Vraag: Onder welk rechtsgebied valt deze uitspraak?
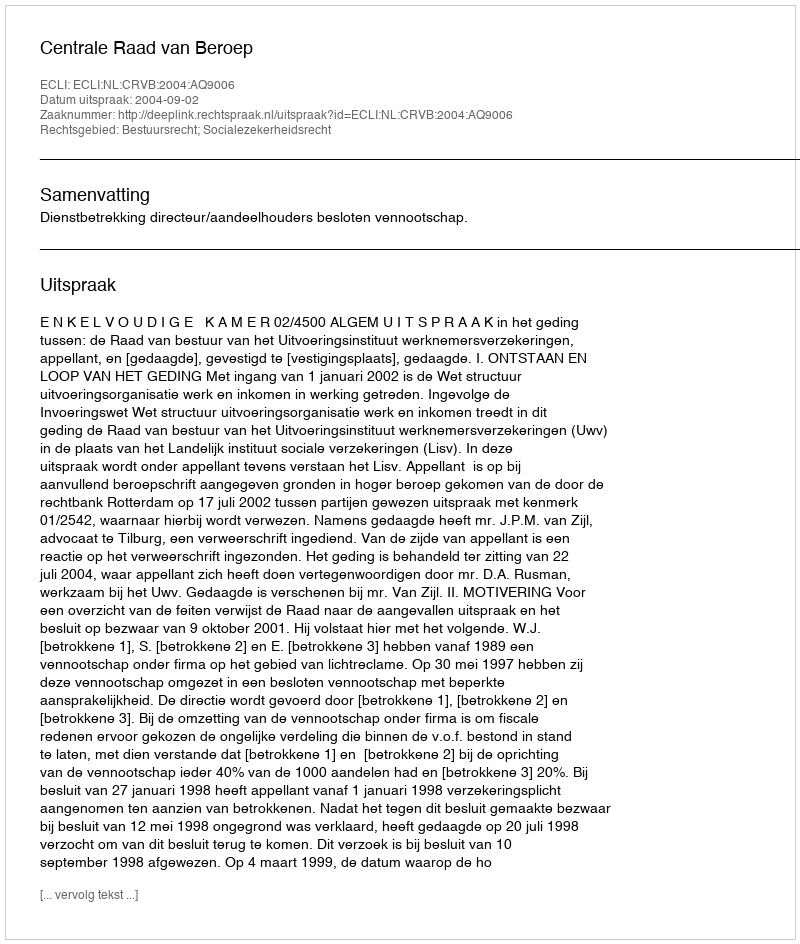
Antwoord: Bestuursrecht; Socialezekerheidsrecht